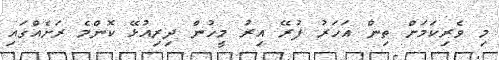
މި ވެރިކަމަށް ތިން އަހަރު ފުރޭ އިރު މީހުން ދިރިއުޅޭ ކޮންމެ ރަށެއްގައި